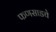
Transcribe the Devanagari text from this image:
फणसाडचे